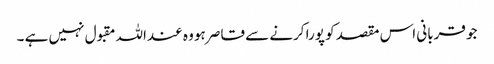
جو قربانی اس مقصد کو پورا کرنے سے قاصر ہو وہ عنداللہ مقبول نہیں ہے ۔